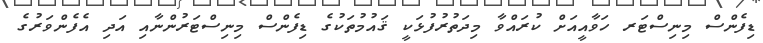
ޑިފެންސް މިނިސްޓަރ ހަވާއީއަށް ކުރައްވާ މިދަތުރުފުޅަކީ ޤައުމުތަކުގެ ޑިފެންސް މިނިސްޓަރުންނާއި އަދި އެފެންވަރުގެ